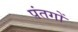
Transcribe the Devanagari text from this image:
पंतगों